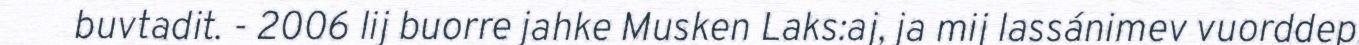
buvtadit. - 2006 lij buorre jahke Musken Laks:aj, ja mij lassánimev vuorddep.